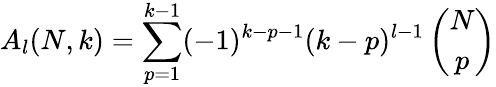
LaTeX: A_{l}(N,k)=\sum_{p=1}^{k-1}(-1)^{k-p-1}(k-p)^{l-1}\left(\begin{array}{c}{{N}}\\ {{p}}\end{array}\right)